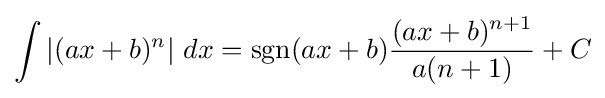
\int \left|(ax+b)^{n}\right|\,dx=\operatorname {sgn} (ax+b){(ax+b)^{n+1} \over a(n+1)}+C